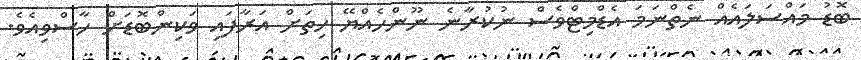
ބޮޑު މައްސަލައެއް ނެތްނަމަ އެޑްމިޓްވެސް ނުކުރާނެ ނޫންހެއްޔޭ ހިތަށް އަރާފައި ވަކިންބޮޑަށް ހާސްވިއެވެ.